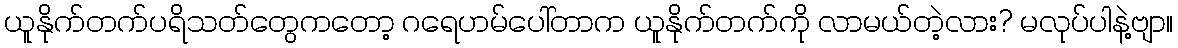
ယူနိုက်တက်ပရိသတ်တွေကတော့ ဂရေဟမ်ပေါ်တာက ယူနိုက်တက်ကို လာမယ်တဲ့လား? မလုပ်ပါနဲ့ဗျာ။